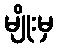
မျိုးမှ